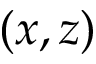
( x , z )